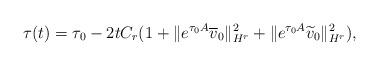
LaTeX: \begin{align*} \tau(t) = \tau_0 - 2t C_r(1+\|e^{\tau_0 A} \overline{v}_0 \|_{H^r}^2 + \|e^{\tau_0 A} \widetilde{v}_0 \|_{H^r}^2), \end{align*}